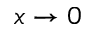
x \to 0